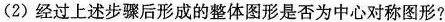
(2)经过上述步骤后形成的整体图形是否为中心对称图形?